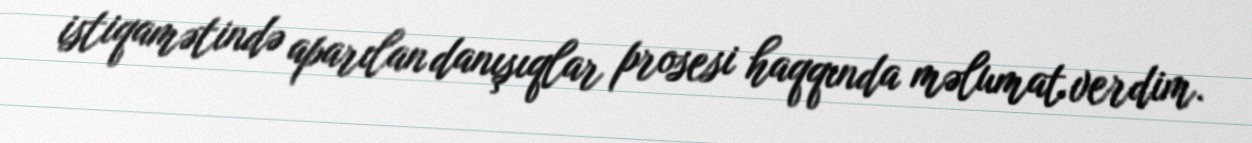
istiqamətində aparılan danışıqlar prosesi haqqında məlumat verdim.